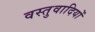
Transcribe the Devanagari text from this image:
वस्तुवादियों